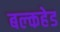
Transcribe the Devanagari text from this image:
बल्‍कहेड